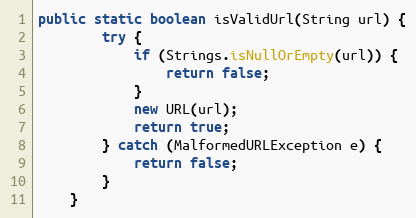
Language: Java
public static boolean isValidUrl(String url) {
        try {
            if (Strings.isNullOrEmpty(url)) {
                return false;
            }
            new URL(url);
            return true;
        } catch (MalformedURLException e) {
            return false;
        }
    }